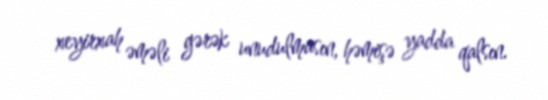
xeyirxah əməli gərək unudulmasın, həmişə yadda qalsın.